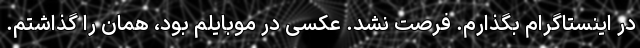
در اینستاگرام بگذارم. فرصت نشد. عکسی در موبایلم بود، همان را گذاشتم.